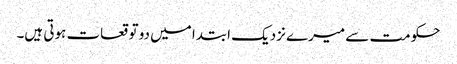
حکومت سے میرے نزدیک ابتدا میں دو توقعات ہوتی ہیں۔